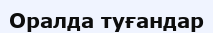
Оралда туғандар